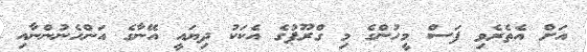
އަށް އެތެރެވި ފަސް މީހުންގެ މި ގްރޫޕުގެ އެކަކު ދިޔައީ އޭނާގެ އަންހެނުންނާއި